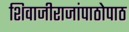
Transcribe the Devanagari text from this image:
शिवाजीराजांपाठोपाठ